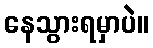
နေသွားရမှာပဲ။